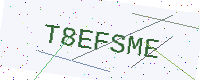
Text: T8EFSME